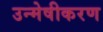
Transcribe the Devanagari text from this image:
उन्मेषीकरण